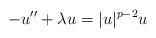
LaTeX: \begin{align*}-u''+\lambda u=|u|^{p-2}u\end{align*}